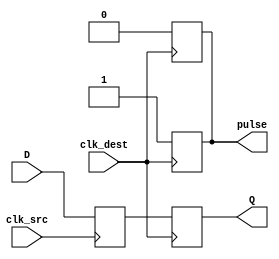
module pulsed_synchronizer #(
    parameter DATA_WIDTH = 1  // Width of the data signal
)(
    input wire [DATA_WIDTH-1:0] D,          // Data input from source clock domain
    input wire clk_src,                      // Source clock signal
    input wire clk_dest,                     // Destination clock signal
    output reg [DATA_WIDTH-1:0] Q,          // Synchronized output signal
    output reg pulse                         // Pulsed control signal
);

    // Intermediate signals for double flop synchronization
    reg [DATA_WIDTH-1:0] sync_ff1;          // First flip-flop output

    // First stage: Sample incoming data on the source clock
    always @(posedge clk_src) begin
        sync_ff1 <= D;                       // Capture D in sync_ff1
    end

    // Second stage: Sample the first flip-flop output on the destination clock
    always @(posedge clk_dest) begin
        Q <= sync_ff1;                       // Capture sync_ff1 in Q
        pulse <= 1'b1;                       // Generate pulse indicating data is valid
    end

    // Pulse generation logic to create a short pulse
    always @(posedge clk_dest) begin
        if (pulse) begin
            pulse <= 1'b0;                   // Reset pulse after one clock cycle
        end
    end

endmodule